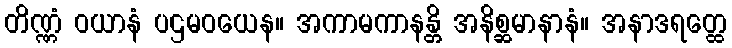
တိဏ္ဏံ ဝယာနံ ပဌမဝယေန။ အကာမကာနန္တိ အနိစ္ဆမာနာနံ။ အနာဒရတ္ထေ